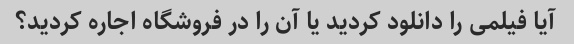
آیا فیلمی را دانلود کردید یا آن را در فروشگاه اجاره کردید؟